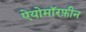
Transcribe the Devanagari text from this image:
ऐयोमॉरफ़ीन